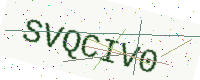
Text: SVQCIV0